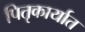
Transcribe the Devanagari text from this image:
पितृकार्यात